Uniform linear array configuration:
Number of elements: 32
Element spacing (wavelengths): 1
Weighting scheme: blackman
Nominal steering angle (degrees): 30
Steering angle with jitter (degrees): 28.784
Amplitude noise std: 0.05
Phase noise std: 0.05

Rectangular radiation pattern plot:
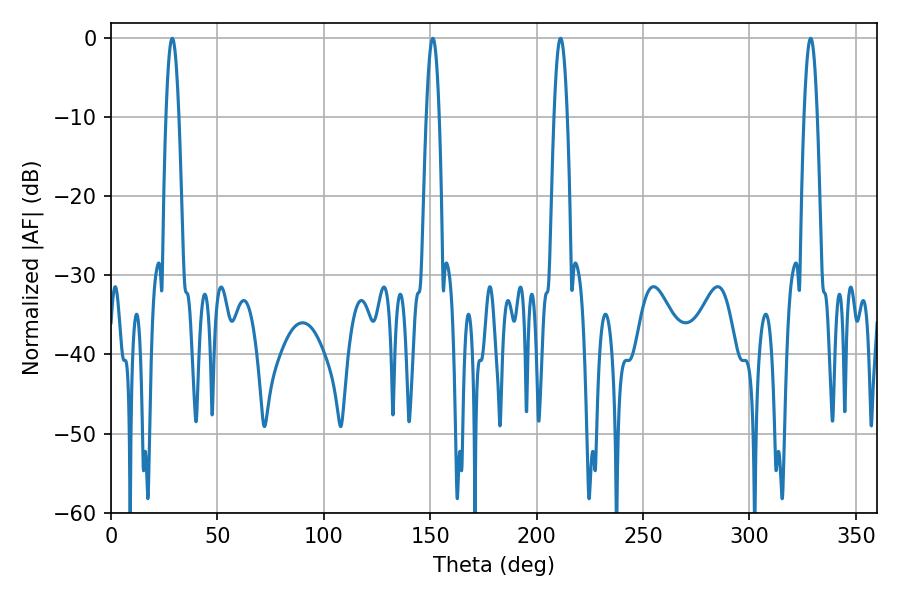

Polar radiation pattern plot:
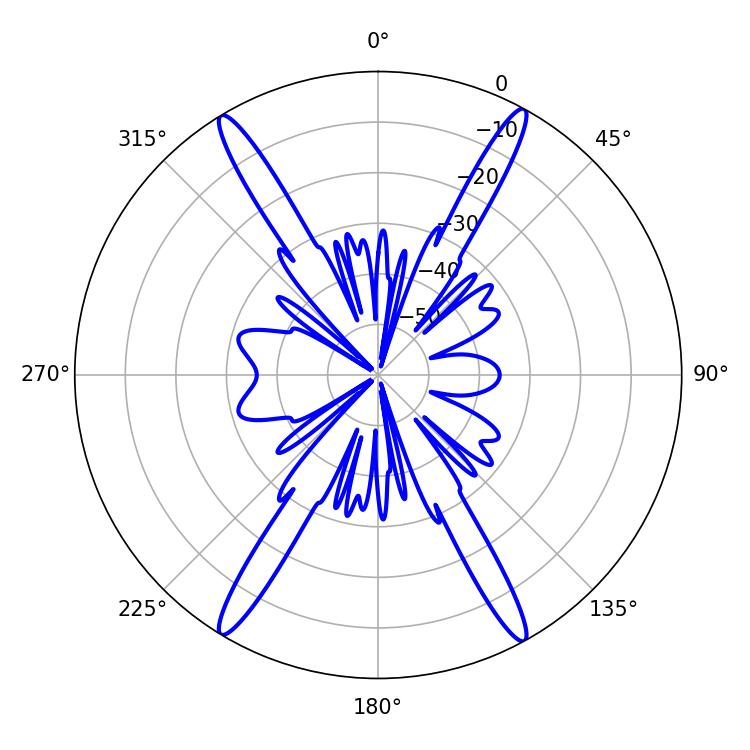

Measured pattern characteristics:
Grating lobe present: TRUE
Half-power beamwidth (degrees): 3.24
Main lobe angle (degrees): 28.8